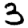
Digit: 3